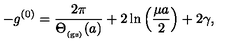
- g ^ { ( 0 ) } = \frac { 2 \pi } { \Theta _ { _ \mathrm { ( g s ) } } ( a ) } + 2 \ln \left( \frac { \mu a } { 2 } \right) + 2 \gamma ,